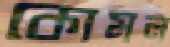
কোমল